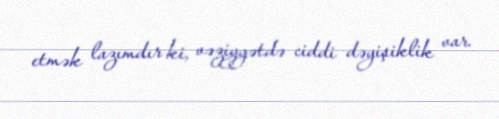
etmək lazımdır ki, vəziyyətdə ciddi dəyişiklik var.